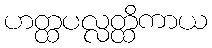
ဟတ္ထပလ္လတ္ထိကာယ